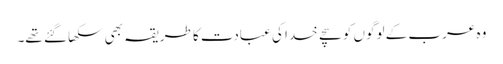
وہ عرب کے لوگوں کو سچے خدا کی عبادت کا طریقہ بھی سکھا گئے تھے۔